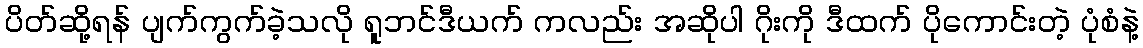
ပိတ်ဆို့ရန် ပျက်ကွက်ခဲ့သလို ရူဘင်ဒီယက် ကလည်း အဆိုပါ ဂိုးကို ဒီထက် ပိုကောင်းတဲ့ ပုံစံနဲ့